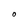
Character: O